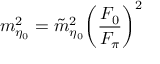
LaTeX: m _ { \eta _ { 0 } } ^ { 2 } = { \tilde { m } } _ { \eta _ { 0 } } ^ { 2 } \biggl ( { \frac { F _ { 0 } } { F _ { \pi } } } \biggr ) ^ { 2 }